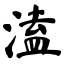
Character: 溘